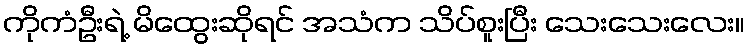
ကိုကံဦးရဲ့ မိထွေးဆိုရင် အသံက သိပ်စူးပြီး သေးသေးလေး။